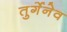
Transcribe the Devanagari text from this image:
तुर्गेनेव